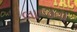
લાજવા